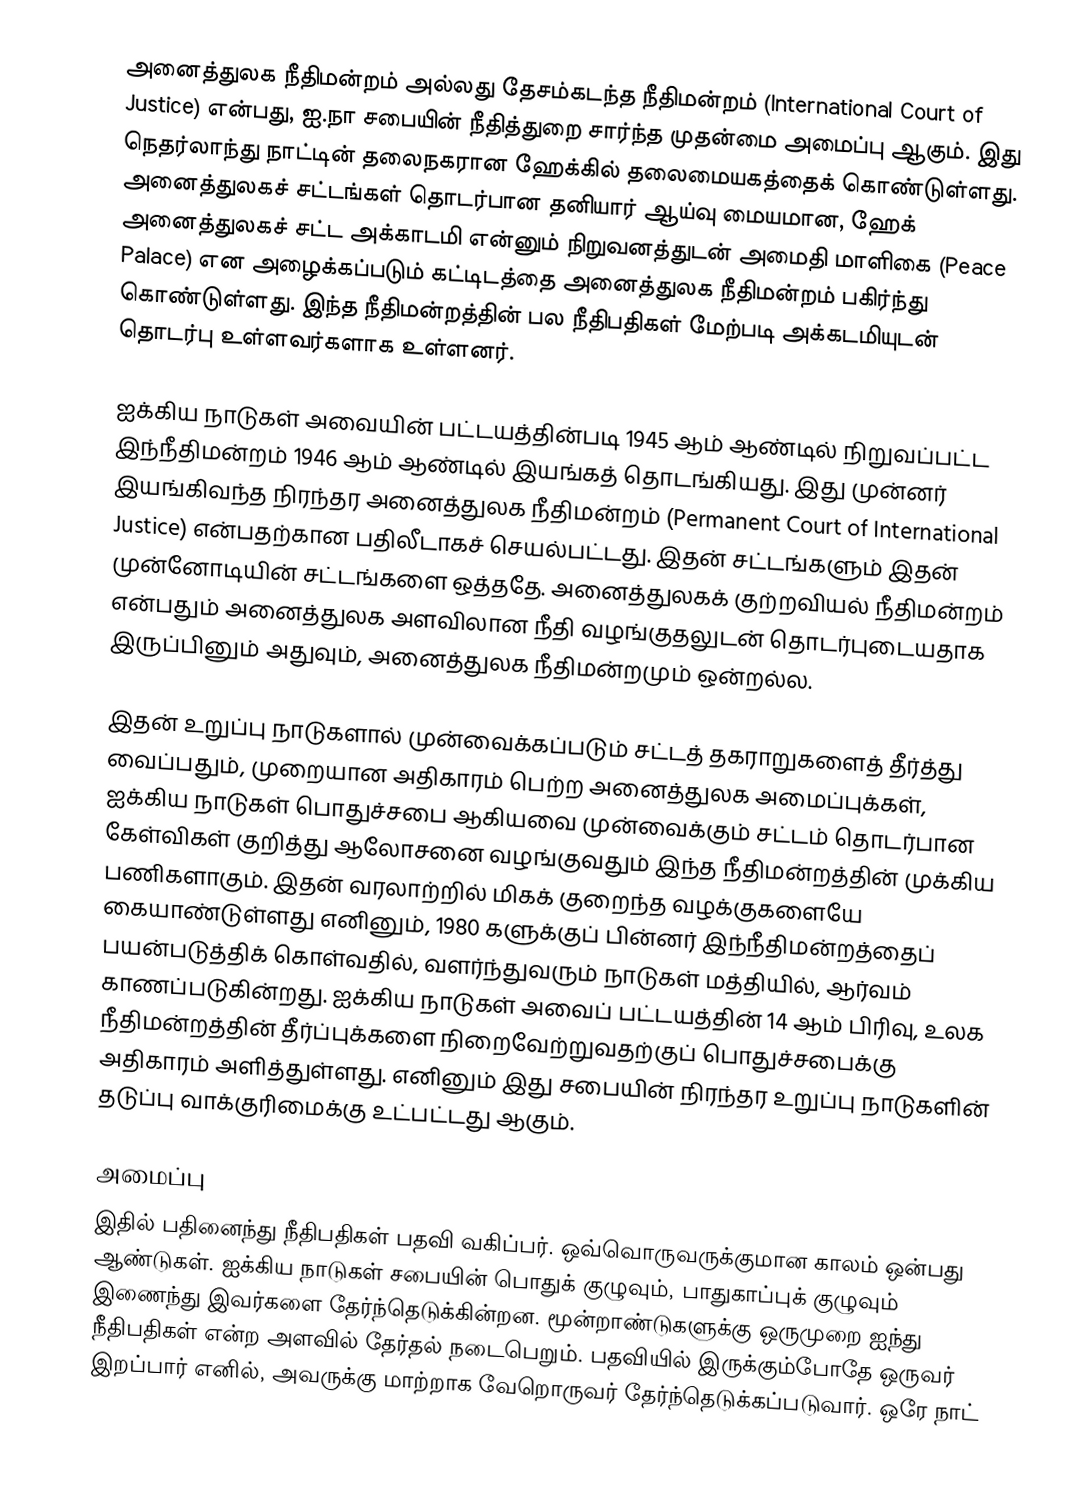
அனைத்துலக நீதிமன்றம் அல்லது தேசம்கடந்த நீதிமன்றம் (International Court of Justice) என்பது, ஐ.நா சபையின் நீதித்துறை சார்ந்த முதன்மை அமைப்பு ஆகும். இது நெதர்லாந்து நாட்டின் தலைநகரான ஹேக்கில் தலைமையகத்தைக் கொண்டுள்ளது. அனைத்துலகச் சட்டங்கள் தொடர்பான தனியார் ஆய்வு மையமான, ஹேக் அனைத்துலகச் சட்ட அக்காடமி என்னும் நிறுவனத்துடன் அமைதி மாளிகை (Peace Palace) என அழைக்கப்படும் கட்டிடத்தை அனைத்துலக நீதிமன்றம் பகிர்ந்து கொண்டுள்ளது. இந்த நீதிமன்றத்தின் பல நீதிபதிகள் மேற்படி அக்கடமியுடன் தொடர்பு உள்ளவர்களாக உள்ளனர்.

ஐக்கிய நாடுகள் அவையின் பட்டயத்தின்படி 1945 ஆம் ஆண்டில் நிறுவப்பட்ட இந்நீதிமன்றம் 1946 ஆம் ஆண்டில் இயங்கத் தொடங்கியது. இது முன்னர் இயங்கிவந்த நிரந்தர அனைத்துலக நீதிமன்றம் (Permanent Court of International Justice) என்பதற்கான பதிலீடாகச் செயல்பட்டது. இதன் சட்டங்களும் இதன் முன்னோடியின் சட்டங்களை ஒத்ததே. அனைத்துலகக் குற்றவியல் நீதிமன்றம் என்பதும் அனைத்துலக அளவிலான நீதி வழங்குதலுடன் தொடர்புடையதாக இருப்பினும் அதுவும், அனைத்துலக நீதிமன்றமும் ஒன்றல்ல.

இதன் உறுப்பு நாடுகளால் முன்வைக்கப்படும் சட்டத் தகராறுகளைத் தீர்த்து வைப்பதும், முறையான அதிகாரம் பெற்ற அனைத்துலக அமைப்புக்கள், ஐக்கிய நாடுகள் பொதுச்சபை ஆகியவை முன்வைக்கும் சட்டம் தொடர்பான கேள்விகள் குறித்து ஆலோசனை வழங்குவதும் இந்த நீதிமன்றத்தின் முக்கிய பணிகளாகும். இதன் வரலாற்றில் மிகக் குறைந்த வழக்குகளையே கையாண்டுள்ளது எனினும், 1980 களுக்குப் பின்னர் இந்நீதிமன்றத்தைப் பயன்படுத்திக் கொள்வதில், வளர்ந்துவரும் நாடுகள் மத்தியில், ஆர்வம் காணப்படுகின்றது. ஐக்கிய நாடுகள் அவைப் பட்டயத்தின் 14 ஆம் பிரிவு, உலக நீதிமன்றத்தின் தீர்ப்புக்களை நிறைவேற்றுவதற்குப் பொதுச்சபைக்கு அதிகாரம் அளித்துள்ளது. எனினும் இது சபையின் நிரந்தர உறுப்பு நாடுகளின் தடுப்பு வாக்குரிமைக்கு உட்பட்டது ஆகும்.

அமைப்பு
இதில் பதினைந்து நீதிபதிகள் பதவி வகிப்பர். ஒவ்வொருவருக்குமான காலம் ஒன்பது ஆண்டுகள். ஐக்கிய நாடுகள் சபையின் பொதுக் குழுவும், பாதுகாப்புக் குழுவும் இணைந்து இவர்களை தேர்ந்தெடுக்கின்றன. மூன்றாண்டுகளுக்கு ஒருமுறை ஐந்து நீதிபதிகள் என்ற அளவில் தேர்தல் நடைபெறும். பதவியில் இருக்கும்போதே ஒருவர் இறப்பார் எனில், அவருக்கு மாற்றாக வேறொருவர் தேர்ந்தெடுக்கப்படுவார். ஒரே நாட்